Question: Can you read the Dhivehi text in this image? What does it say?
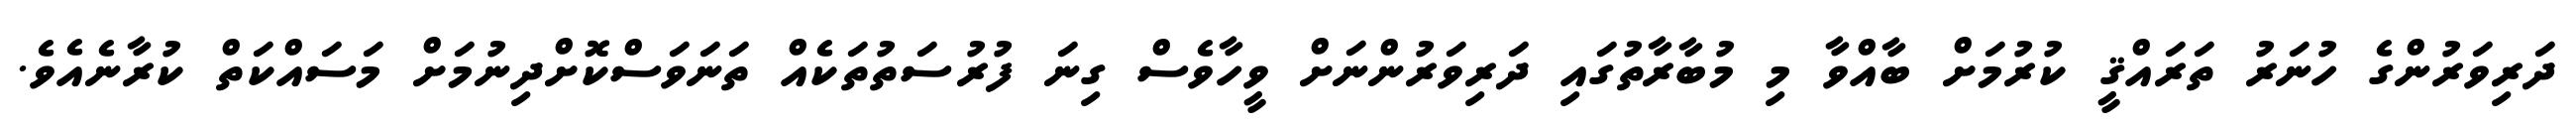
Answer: ދަރިވަރުންގެ ހުނަރު ތަރައްޤީ ކުރުމަށް ބާއްވާ މި މުބާރާތުގައި ދަރިވަރުންނަށް ވީހާވެސް ގިނަ ފުރުސަތުތަކެއް ތަނަވަސްކޮށްދިނުމަށް މަސައްކަތް ކުރާނެއެވެ.